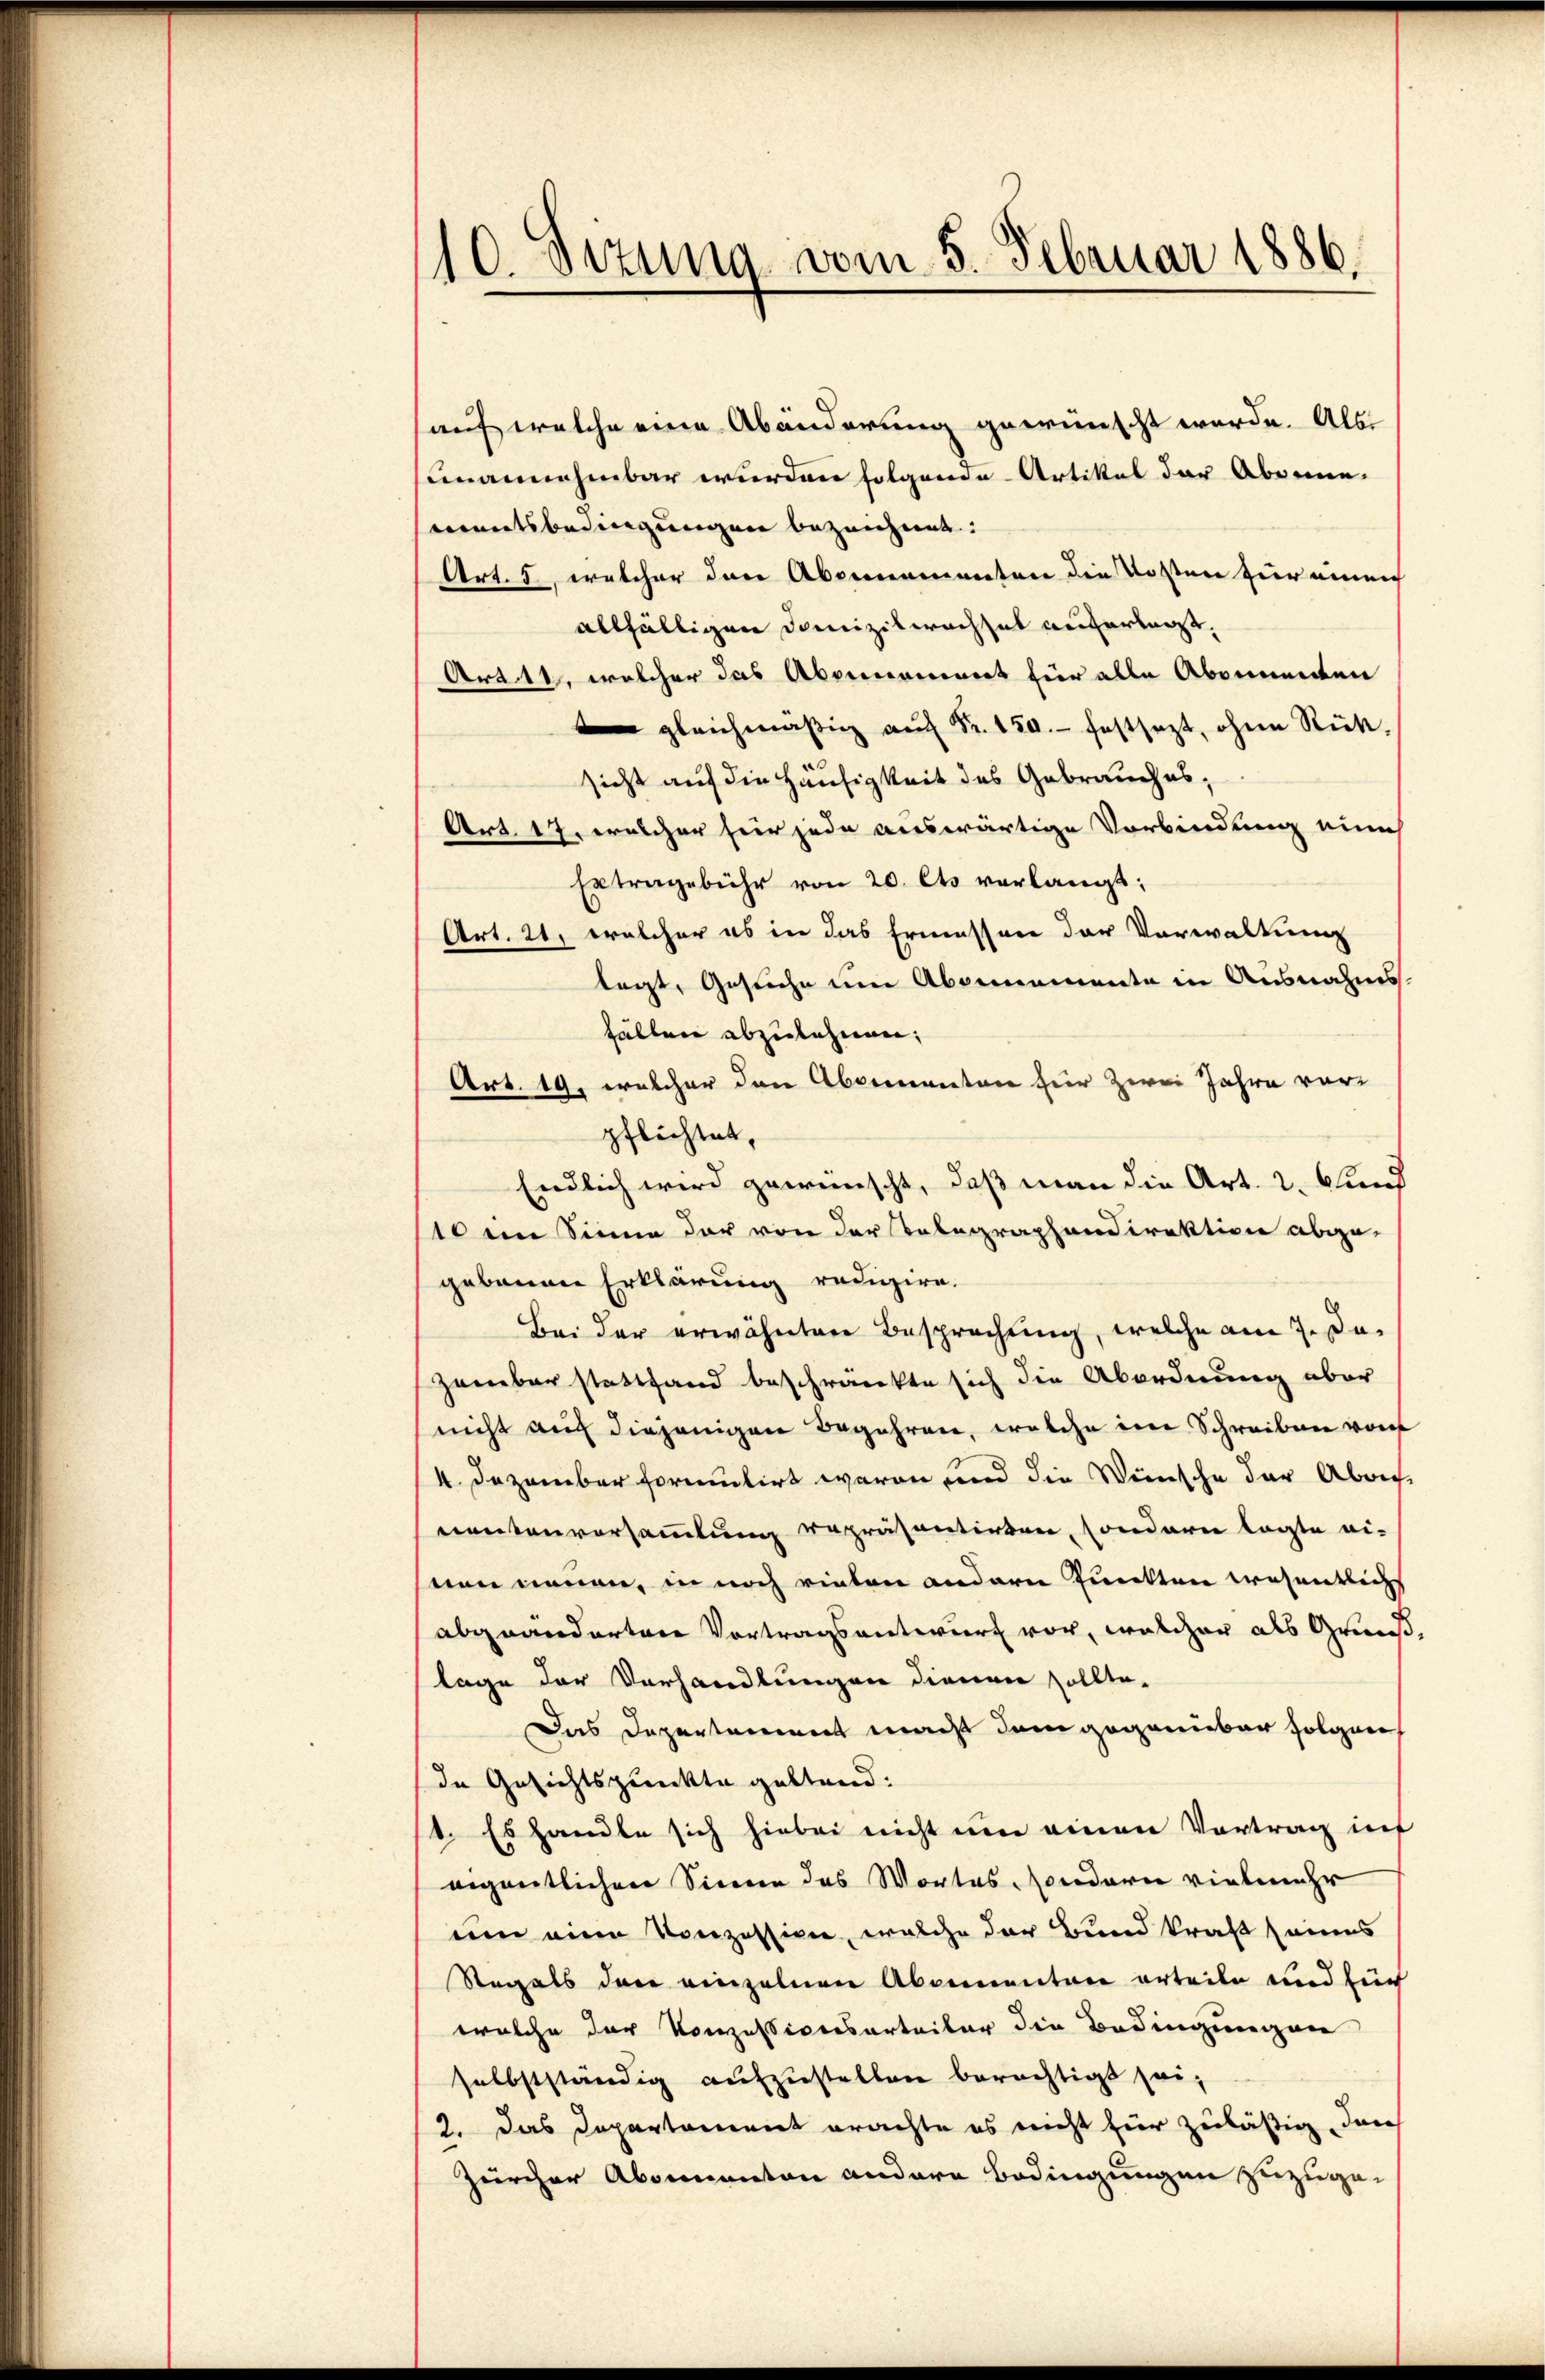
/10. Dezung vom 5. Februar 1886.

auf welche eine Abänderung gewünscht werde. Als
sumannehmbar wurden folgende Artikel der Abonne.
mentsbedingungen bezeichnet:
Art. 5, welcher das Abornamenten die Kosten zur neuen
allfälligen Domizilwachsel auferlegt,
Art. 11. welcher das Abernoment für alle Abonnenten
 gleichmässig Fr. 20. festsezt, ohne Rück,
sicht auf die Häusigkeit des Gebrauches,
Art. 17, welcher hier jede auswärtige Verbindung eines
Extragebühr von 20. Cts verlangt;
Art. 21, welcher es in das Ermessen der Vorwaltung
legt, Gesuche um Abonnemente in Ausnahms-
fällen abzulehnen;
Art. 19, welcher den Abermanten für zwei Jahre vorpflichtet,
Endlich wird gewünscht, daß man die Art. 2. Stund
10 im Sinne der von der Telegraphendirektion abge-
gebauen Erklärung redigire.
Bei der erwähnten Besprechung, welche am 7. Jazember stattfand beschränkte sich die Abordnung aber
nicht auch diejenigen Begehren, welche im Schreiben von
4. Dezember formulirt waren und die Wünsche der Abrichnentenversammlung repräsentirten, sondern lagte ei-
son neuen, in noch rieten andern Punkten wesentlichs
abgeänderten Vortragsantwurf vor, welcher als Grund,
lage der Vorhandlungen dienen sollte-
Das Depertement macht dem gegenüber folgen
de Gesichtspunkte geltend:
1. Es handle sich hiebei nicht um einen Vortrag inf
eigentlichen Sinne das Wortes sondern vielmehr
um eine Konzession, welche der Bund kraft seines
Regals der einzelnen Abonnentare erteile und für
welche der Konzessiversorteiler die Bedingungen
selbstständig aufzustellen berechtigt sei,
2. Das Departament erachte es nicht für zuläßig, durch
Zürcher Abonnanton andere Bedingungen zuzuge¬